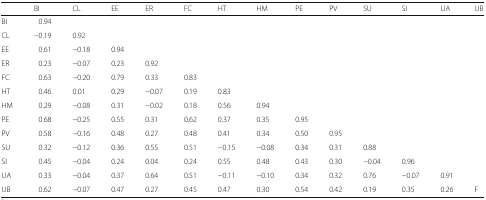
<table><thead><tr><td></td><td><b>BI</b></td><td><b>CL</b></td><td><b>EE</b></td><td><b>ER</b></td><td><b>FC</b></td><td><b>HT</b></td><td><b>HM</b></td><td><b>PE</b></td><td><b>PV</b></td><td><b>SU</b></td><td><b>SI</b></td><td><b>UA</b></td><td><b>UB</b></td></tr></thead><tbody><tr><td>BI</td><td>0.94</td><td></td><td></td><td></td><td></td><td></td><td></td><td></td><td></td><td></td><td></td><td></td><td></td></tr><tr><td>CL</td><td>−0.19</td><td>0.92</td><td></td><td></td><td></td><td></td><td></td><td></td><td></td><td></td><td></td><td></td><td></td></tr><tr><td>EE</td><td>0.61</td><td>−0.18</td><td>0.94</td><td></td><td></td><td></td><td></td><td></td><td></td><td></td><td></td><td></td><td></td></tr><tr><td>ER</td><td>0.23</td><td>−0.07</td><td>0.23</td><td>0.92</td><td></td><td></td><td></td><td></td><td></td><td></td><td></td><td></td><td></td></tr><tr><td>FC</td><td>0.63</td><td>−0.20</td><td>0.79</td><td>0.33</td><td>0.83</td><td></td><td></td><td></td><td></td><td></td><td></td><td></td><td></td></tr><tr><td>HT</td><td>0.46</td><td>0.01</td><td>0.29</td><td>−0.07</td><td>0.19</td><td>0.83</td><td></td><td></td><td></td><td></td><td></td><td></td><td></td></tr><tr><td>HM</td><td>0.29</td><td>−0.08</td><td>0.31</td><td>−0.02</td><td>0.18</td><td>0.56</td><td>0.94</td><td></td><td></td><td></td><td></td><td></td><td></td></tr><tr><td>PE</td><td>0.68</td><td>−0.25</td><td>0.55</td><td>0.31</td><td>0.62</td><td>0.37</td><td>0.35</td><td>0.95</td><td></td><td></td><td></td><td></td><td></td></tr><tr><td>PV</td><td>0.58</td><td>−0.16</td><td>0.48</td><td>0.27</td><td>0.48</td><td>0.41</td><td>0.34</td><td>0.50</td><td>0.95</td><td></td><td></td><td></td><td></td></tr><tr><td>SU</td><td>0.32</td><td>−0.12</td><td>0.36</td><td>0.55</td><td>0.51</td><td>−0.15</td><td>−0.08</td><td>0.34</td><td>0.31</td><td>0.88</td><td></td><td></td><td></td></tr><tr><td>SI</td><td>0.45</td><td>−0.04</td><td>0.24</td><td>0.04</td><td>0.24</td><td>0.55</td><td>0.48</td><td>0.43</td><td>0.30</td><td>−0.04</td><td>0.96</td><td></td><td></td></tr><tr><td>UA</td><td>0.33</td><td>−0.04</td><td>0.37</td><td>0.64</td><td>0.51</td><td>−0.11</td><td>−0.10</td><td>0.34</td><td>0.32</td><td>0.76</td><td>−0.07</td><td>0.91</td><td></td></tr><tr><td>UB</td><td>0.62</td><td>−0.07</td><td>0.47</td><td>0.27</td><td>0.45</td><td>0.47</td><td>0.30</td><td>0.54</td><td>0.42</td><td>0.19</td><td>0.35</td><td>0.26</td><td>F</td></tr></tbody></table>